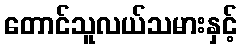
တောင်သူလယ်သမားနှင့်